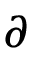
\partial